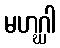
မဟဂ္ဃါ